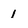
Character: 1